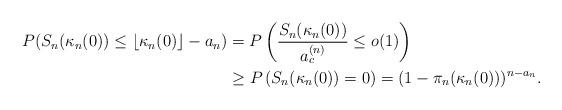
LaTeX: \begin{align*}P(S_n(\kappa_n(0))\leq\lfloor\kappa_n(0)\rfloor-a_n)&=P\left(\frac{S_n(\kappa_n(0))}{a_c^{(n)}}\leq o(1)\right)\\&\geq P\left(S_n(\kappa_n(0))=0\right)=(1-\pi_n(\kappa_n(0)))^{n-a_n}.\end{align*}